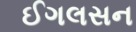
ઈગલસન